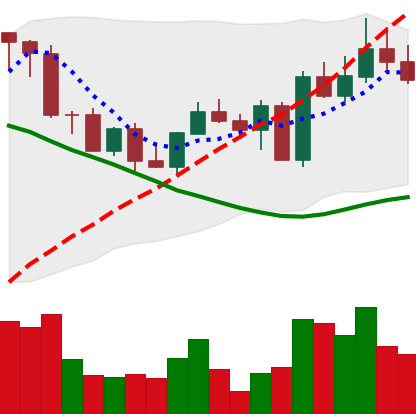
Ticker: EOS-USD
Chart end date: 2022-09-12
Forward return: -10.968%
Label: down_7plus